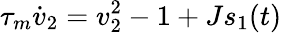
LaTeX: \tau_{m}\dot{v}_{2}=v_{2}^{2}-1+Js_{1}(t)